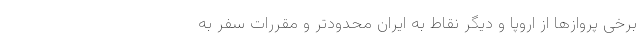
برخی پروازها از اروپا و دیگر نقاط به ایران محدودتر و مقررات سفر به